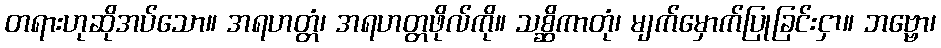
တရားဟုဆိုအပ်သော။ အရဟတ္တံ၊ အရဟတ္တဖိုလ်ကို။ သစ္ဆိကာတုံ၊ မျက်မှောက်ပြုခြင်းငှာ။ ဘဗ္ဗော၊